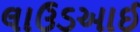
લાઉડઆઈ